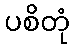
ပစိတုံ